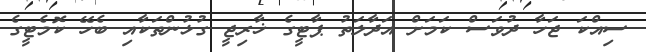
ސިއްކަ ޖަހާ ދުވަސް ކަމަށް އަދާލަތު ޕާޓީގެ ޚާރިޖީ ގުޅުންތަކާއި ބެހޭ ކޮމެޓީގެ